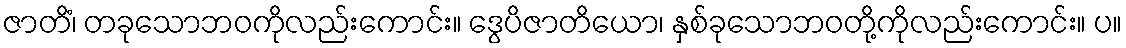
ဇာတိံ၊ တခုသောဘဝကိုလည်းကောင်း။ ဒွေပိဇာတိယော၊ နှစ်ခုသောဘဝတို့ကိုလည်းကောင်း။ ပ။